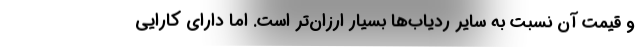
و قیمت آن نسبت به سایر ردیاب‌ها بسیار ارزان‌تر است. اما دارای کارایی